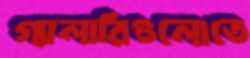
গ্যালারিগুলোতে